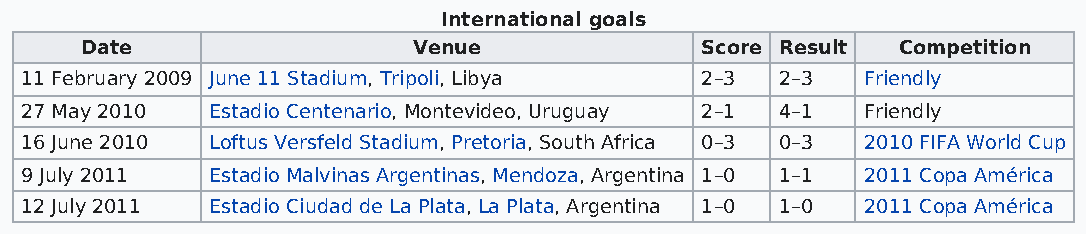
International goals
 Date                  Venue              Score Result Competition
 11 February 2009 June 11 Stadium, Tripoli, Libya 2–3 2–3 Friendly
 27 May 2010  Estadio Centenario, Montevideo, Uruguay 2–1 4–1 Friendly
 16 June 2010 Loftus Versfeld Stadium, Pretoria, South Africa 0–3 0–3 2010 FIFA World Cup
 9 July 2011  Estadio Malvinas Argentinas, Mendoza, Argentina 1–0 1–1 2011 Copa América
 12 July 2011 Estadio Ciudad de La Plata, La Plata, Argentina 1–0 1–0 2011 Copa América